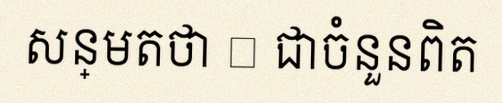
សន្មតថា x ជាចំនួនពិត